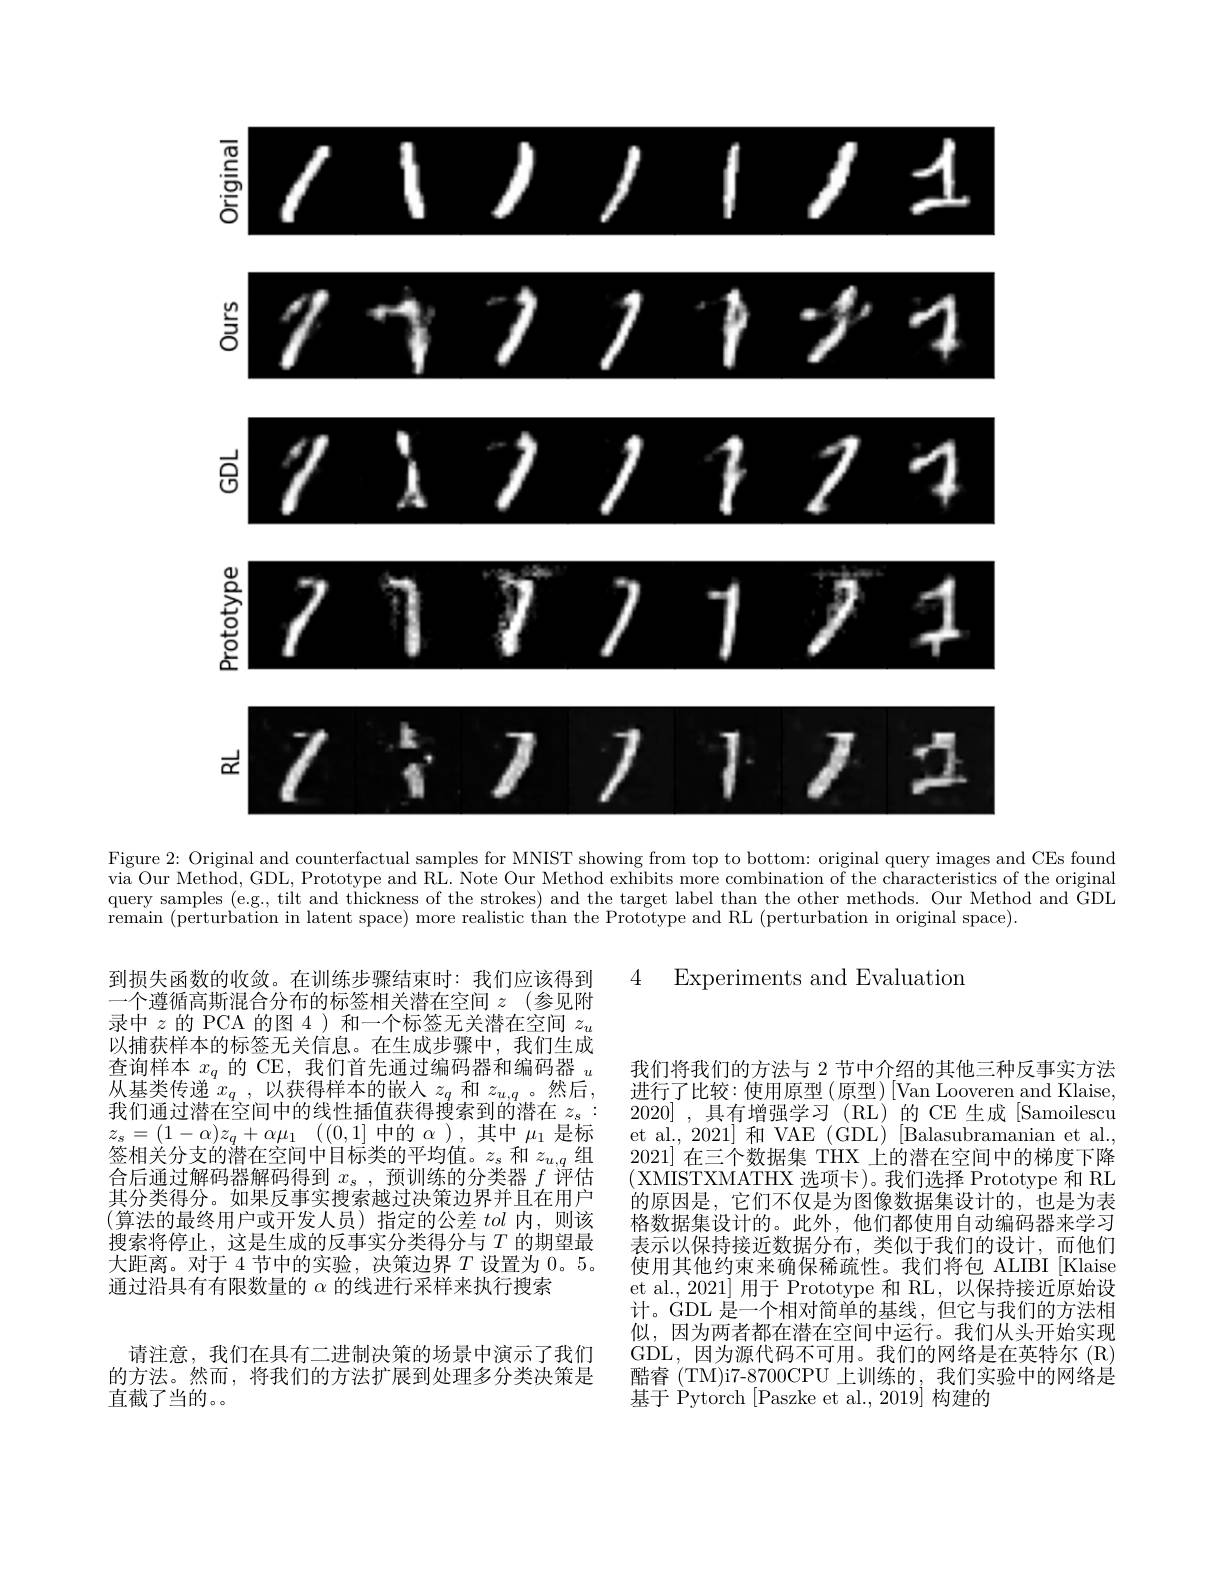
<FigureHere>

Figure 2: Original and counterfactual samples for MNIST showing from top to bottom: original query images and CEs found via Our Method, GDL, Prototype and RL. Note Our Method exhibits more combination of the characteristics of the original query samples (e.g., tilt and thickness of the strokes) and the target label than the other methods. Our Method and GDL remain (perturbation in latent space) more realistic than the Prototype and RL (perturbation in original space).

4 Experiments and Evaluation

到损失函数的收敛。在训练步骤结束时：我们应该得到一个遵循高斯混合分布的标签相关潜在空间$z$ (参见附录中$z$的 PCA 的图 4)和一个标签无关潜在空间$z_u$ 以捕获样本的标签无关信息。在生成步骤中，我们生成查询样本$x_q$的 CE, 我们首先通过编码器和编码器$_u$ 从基类传递$x_q$ ,以获得样本的嵌入$z_q$和$z_u,q$ 。然后， 我们通过潜在空间中的线性插值获得搜索到的潜在$z_\mathrm{s}:$ $z_{s}= ( 1- \alpha ) z_{q}+ \alpha \mu _{1}$ ((0,1]中的$\alpha)$,其中$\mu_1$是标签相关分支的潜在空间中目标类的平均值。$z_s$和$z_u,q$组合后通过解码器解码得到$x_s$,预训练的分类器$f$评估其分类得分。如果反事实搜索越过决策边界并且在用户(算法的最终用户或开发人员)指定的公差 tol 内，则该搜索将停止，这是生成的反事实分类得分与$T$的期望最大距离。对于 4 节中的实验，决策边界$T$设置为0。5. 通过沿具有有限数量的$\alpha$的线进行采样来执行搜索

我们将我们的方法与 2 节中介绍的其他三种反事实方法进行了比较：使用原型(原型)[Van Looveren and Klaise, 2020],具有增强学习(RL)的 CE 生成[Samoilescu et al., 2021] 和 VAE (GDL) [Balasubramanian et al. 2021] 在三个数据集 THX 上的潜在空间中的梯度下降(XMISTXMATHX 选项卡)。我们选择 Prototype 和 RL 的原因是，它们不仅是为图像数据集设计的，也是为表格数据集设计的。此外，他们都使用自动编码器来学习表示以保持接近数据分布，类似于我们的设计，而他们使用其他约束来确保稀疏性。我们将包 ALIBI[Klaise et al., 2021] 用于 Prototype 和 RL, 以保持接近原始设计。GDL 是一个相对简单的基线，但它与我们的方法相似，因为两者都在潜在空间中运行。我们从头开始实现GDL,因为源代码不可用。我们的网络是在英特尔(R) 酷睿 (TM)i7-8700CPU 上训练的，我们实验中的网络是基于 Pytorch [Paszke et al., 2019] 构建的

请注意，我们在具有二进制决策的场景中演示了我们的方法。然而，将我们的方法扩展到处理多分类决策是直截了当的。。